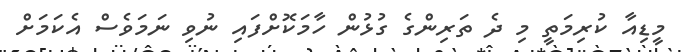
މީޑިއާ ކުރިމަތީ މި ދެ ތަރިންގެ ގުޅުން ހާމަކޮށްފައި ނުވި ނަމަވެސް އެކަމަށް